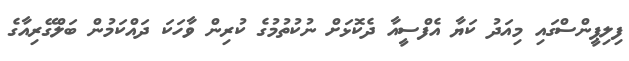
ފިލިޕީންސްގައި މިއަދު ކަޔާ އެފްސީއާ ދެކޮޅަށް ނުކުތުމުގެ ކުރިން ވާހަކަ ދައްކަމުން ބަލްގޭރިއާގެ